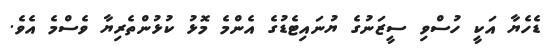
ޑެހެޔާ އަކީ ހުސްވި ސީޒަނުގެ ޔުނައިޓެޑުގެ އެންމެ މޮޅު ކުޅުންތެރިޔާ ވެސްމެ އެވެ.